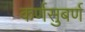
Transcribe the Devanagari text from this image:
कर्णसुबर्ण